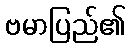
ဗမာပြည်၏